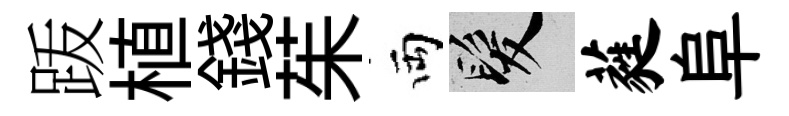
䟦植錢茱両髮蕤阜